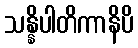
သန္နိပါတိကာနိပိ